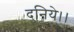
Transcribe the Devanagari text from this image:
दुनिये।।